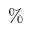
\%